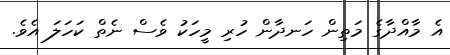
އެ މާއްދާގެ މަތިން ހަނދާން ހުރި މީހަކު ވެސް ނެތް ކަހަލަ އެވެ.